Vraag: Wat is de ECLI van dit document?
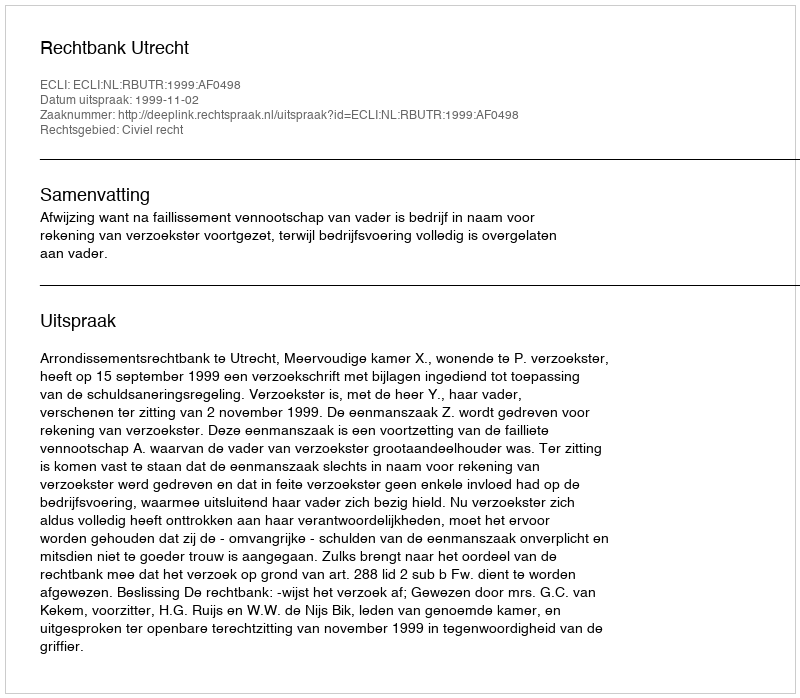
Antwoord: ECLI:NL:RBUTR:1999:AF0498